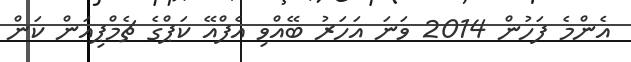
އެންމެ ފަހުން 2014 ވަނަ އަހަރު ބޭއްވި އެފްއޭ ކަޕްގެ ޗެމްޕިއަން ކަން